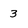
Character: 3